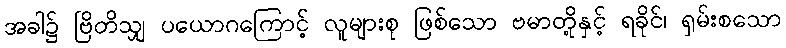
အခါ၌ ဗြိတိသျှ ပယောဂကြောင့် လူများစု ဖြစ်သော ဗမာတို့နှင့် ရခိုင်၊ ရှမ်းစသော